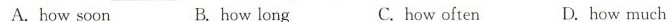
A.how soon B.how long C.how often D.how much